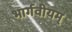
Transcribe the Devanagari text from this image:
भार्गवीयम्